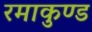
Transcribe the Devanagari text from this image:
रमाकुण्ड